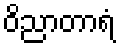
ဝိညာတာရံ